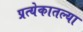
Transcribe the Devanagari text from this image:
प्रत्येकातल्या